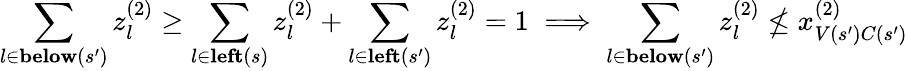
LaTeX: \sum_{l\in\textbf{below}(s^{\prime})}z_{l}^{(2)}\geq\sum_{l\in\textbf{left}(s)}z_{l}^{(2)}+\sum_{l\in\textbf{left}(s^{\prime})}z_{l}^{(2)}=1\implies\sum_{l\in\textbf{below}(s^{\prime})}z_{l}^{(2)}\not\leq x_{V(s^{\prime})C(s^{\prime})}^{(2)}